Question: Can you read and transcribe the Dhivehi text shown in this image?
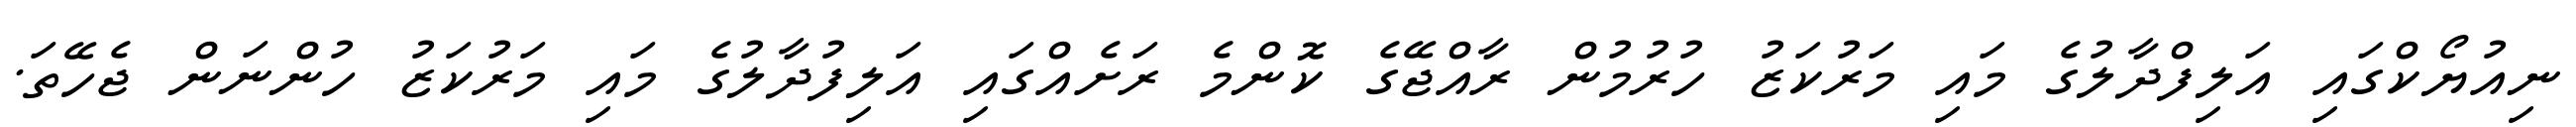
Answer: ނިއުޔޯކްގައި އަލިފްދާލުގެ މައި މަރުކަޒު ހުރުމުން ރާއްޖޭގެ ކޮންމެ ރަށެއްގައި އަލިފުދާލުގެ މައި މަރުކަޒު ހުންނަން ޖެހޭތަ.